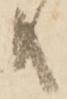
共